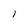
Character: l